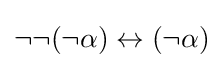
\neg \neg (\neg \alpha )\leftrightarrow (\neg \alpha )